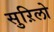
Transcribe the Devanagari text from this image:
सुऱिलो